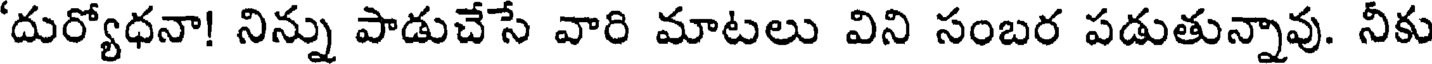
'దుర్యోధనా! నిన్ను పాడుచేసే వారి మాటలు విని సంబర పడుతున్నావు. నీకు